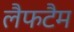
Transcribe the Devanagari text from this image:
लैफटैम